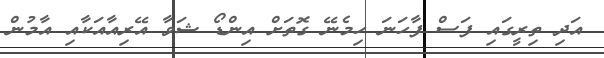
އަދި ތިރީގައި ފަސް ފާހަނަ ހިމެނޭ ގޮތަށް އިންޑޯ ޝަވާ އޭރިއާއަކާއި އާމުން